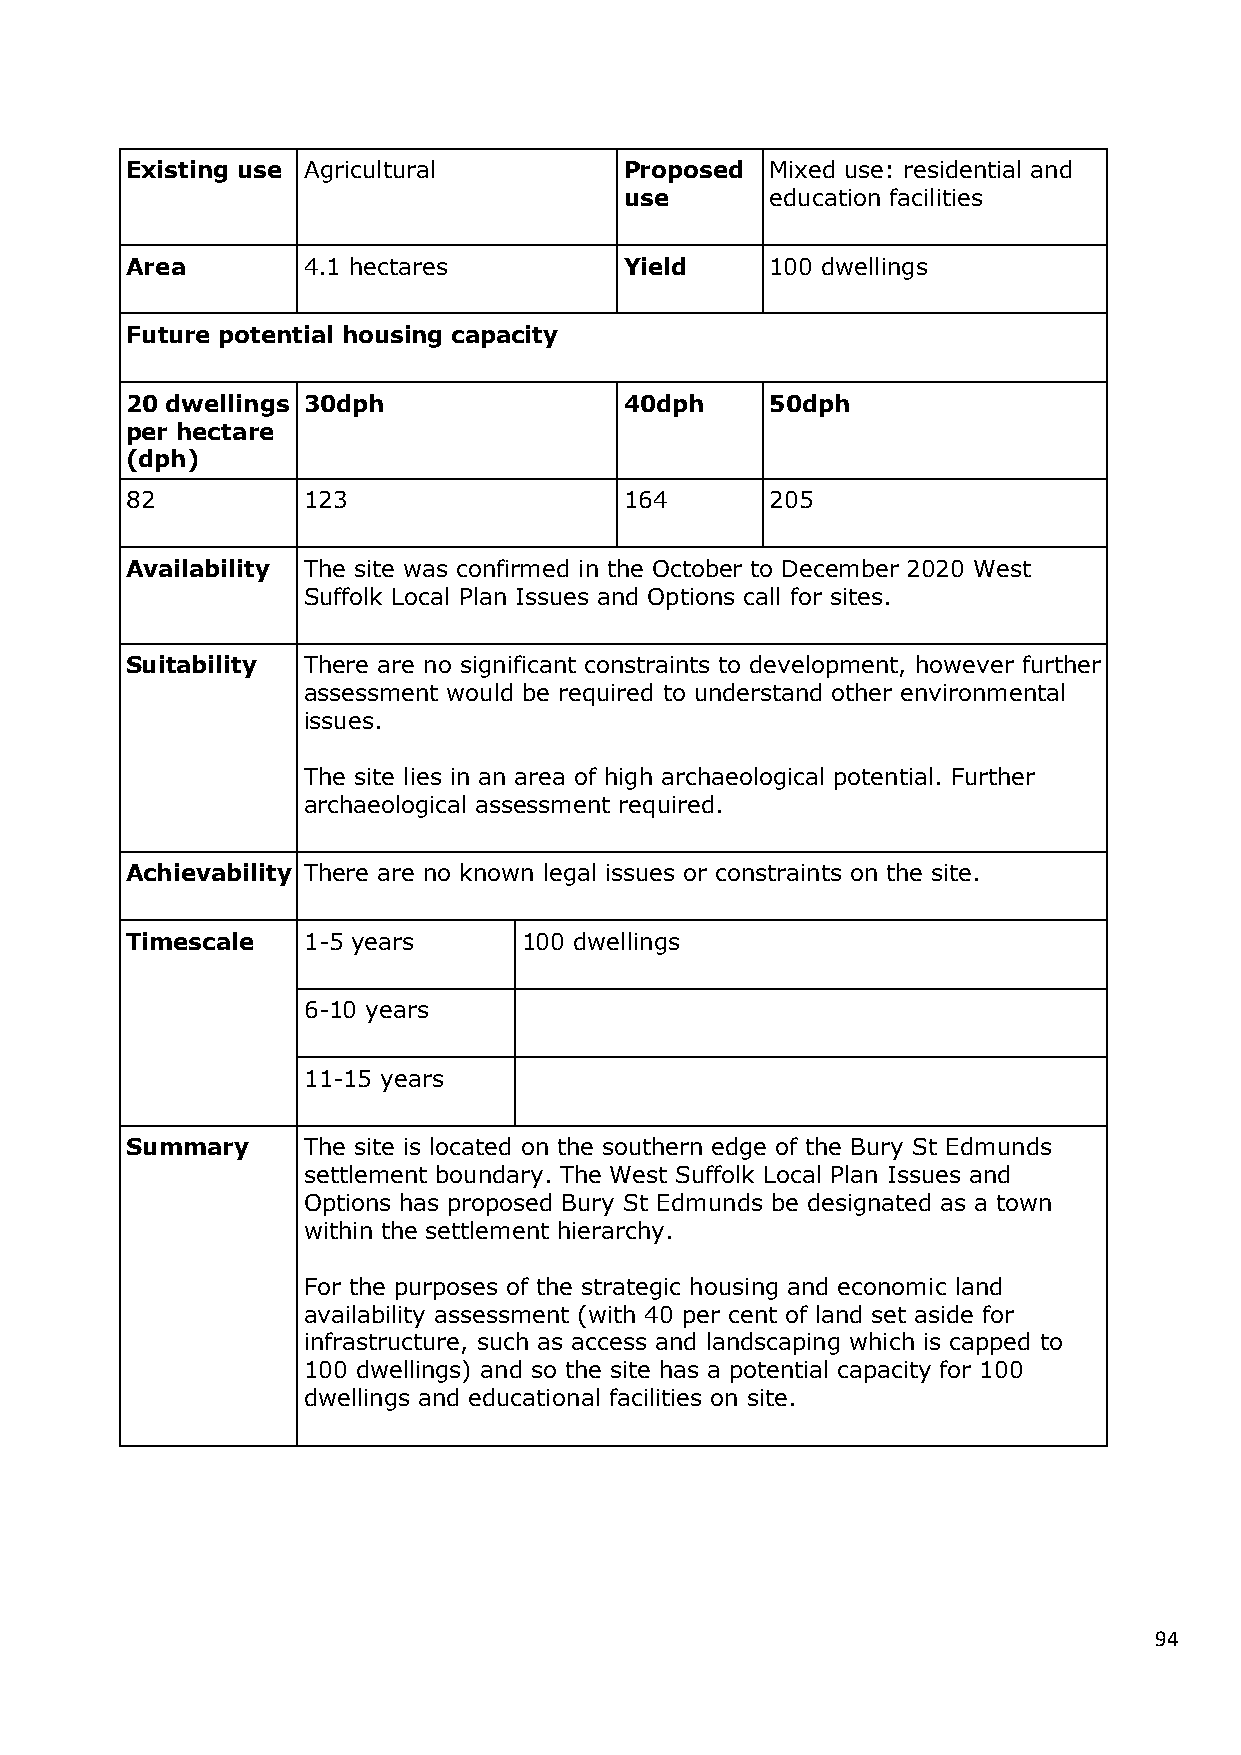
Existing use Agricultural        Proposed  Mixed use: residential and
 use       education facilities
 Area        4.1 hectares         Yield     100 dwellings
 Future potential housing capacity
 20 dwellings 30dph               40dph     50dph
 per hectare
 (dph)
 82          123                  164       205
 Availability The site was confirmed in the October to December 2020 West
 Suffolk Local Plan Issues and Options call for sites.
 Suitability There are no significant constraints to development, however further
 assessment would be required to understand other environmental
 issues.
 The site lies in an area of high archaeological potential. Further
 archaeological assessment required.
 Achievability There are no known legal issues or constraints on the site.
 Timescale   1-5 years      100 dwellings
 6-10 years
 11-15 years
 Summary     The site is located on the southern edge of the Bury St Edmunds
 settlement boundary. The West Suffolk Local Plan Issues and
 Options has proposed Bury St Edmunds be designated as a town
 within the settlement hierarchy.
 For the purposes of the strategic housing and economic land
 availability assessment (with 40 per cent of land set aside for
 infrastructure, such as access and landscaping which is capped to
 100 dwellings) and so the site has a potential capacity for 100
 dwellings and educational facilities on site.
 94